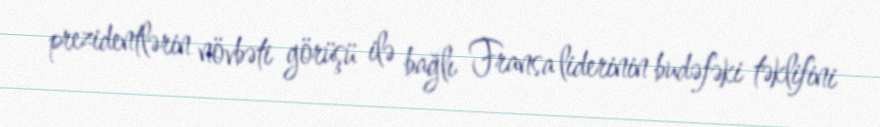
prezidentlərin növbəti görüşü ilə bağlı Fransa liderinin budəfəki təklifini